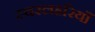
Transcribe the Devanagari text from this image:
स्वरलहरियाँ